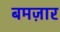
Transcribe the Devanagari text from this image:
बमज़ार